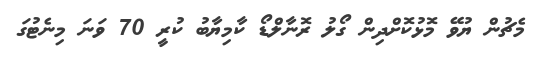
މެޗުން ޔުވޭ މޮޅުކޮށްދިން ގޯލު ރޮނާލްޑޯ ކާމިޔާބު ކުރީ 70 ވަނަ މިނެޓުގަ